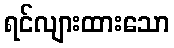
ရင်လျားထားသော